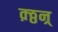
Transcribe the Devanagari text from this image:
क़्ठ्ठन्र्